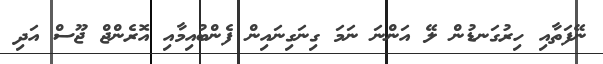
ނޭފަތާއި ހިރުގަނޑުން ލޭ އަންނަ ނަމަ ގިނަގިނައިން ފެންބުއިމާއި އޮރެންޖް ޖޫސް އަދި